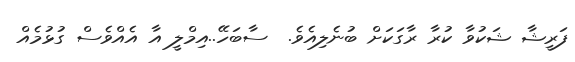
ފަރީޝާ ޝަކުވާ ކުރާ ރާގަކަށް ބުނެލިއެވެ.  ސާބަހޭ..އިމްލީ އާ އެއްވެސް ގުޅުމެއް